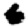
Digit: 6